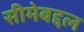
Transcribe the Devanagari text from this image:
सीमेबद्दल